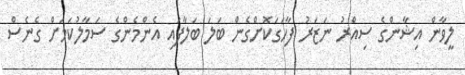
ލީވާން އިޝާންގެ ސިއްރު ނަޒަރު ފާހަގަކޮށްގެން ބަލަ ބަލާފައި އެންމެންގެ ސަމާލުކަމަށް ގެނެސް